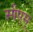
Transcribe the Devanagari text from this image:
सीएम्